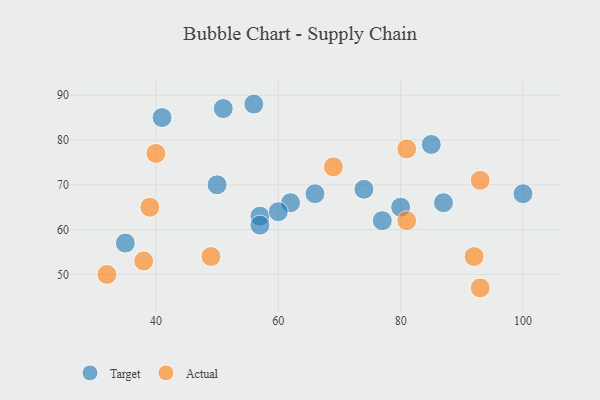
{"axis": {"x": "GDP", "y": "Life Expectancy"}, "legend": ["Actual", "Target"], "data": [{"x": "57", "y": 63, "type": "Target"}, {"x": "85", "y": 79, "type": "Target"}, {"x": "66", "y": 68, "type": "Target"}, {"x": "51", "y": 87, "type": "Target"}, {"x": "80", "y": 65, "type": "Target"}, {"x": "100", "y": 68, "type": "Target"}, {"x": "35", "y": 57, "type": "Target"}, {"x": "74", "y": 69, "type": "Target"}, {"x": "62", "y": 66, "type": "Target"}, {"x": "77", "y": 62, "type": "Target"}, {"x": "56", "y": 88, "type": "Target"}, {"x": "57", "y": 61, "type": "Target"}, {"x": "87", "y": 66, "type": "Target"}, {"x": "50", "y": 70, "type": "Target"}, {"x": "41", "y": 85, "type": "Target"}, {"x": "60", "y": 64, "type": "Target"}, {"x": "92", "y": 54, "type": "Actual"}, {"x": "81", "y": 62, "type": "Actual"}, {"x": "38", "y": 53, "type": "Actual"}, {"x": "40", "y": 77, "type": "Actual"}, {"x": "93", "y": 71, "type": "Actual"}, {"x": "93", "y": 47, "type": "Actual"}, {"x": "49", "y": 54, "type": "Actual"}, {"x": "39", "y": 65, "type": "Actual"}, {"x": "81", "y": 78, "type": "Actual"}, {"x": "32", "y": 50, "type": "Actual"}, {"x": "69", "y": 74, "type": "Actual"}]}